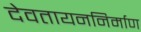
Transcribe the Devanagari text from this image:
देवतायननिर्माण